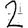
Digit: 2